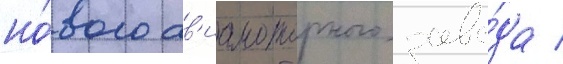
но́вого ав'иамоторного заво́да /